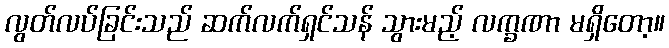
လွတ်လပ်ခြင်းသည် ဆက်လက်ရှင်သန် သွားမည့် လက္ခဏာ မရှိတော့။